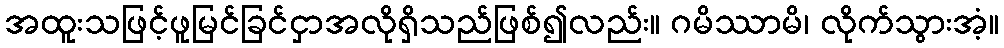
အထူးသဖြင့်ဖူမြင်ခြင်ငှာအလိုရှိသည်ဖြစ်၍လည်း။ ဂမိဿာမိ၊ လိုက်သွားအံ့။